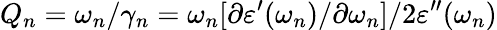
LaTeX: Q_{n}=\omega_{n}/\gamma_{n}=\omega_{n}[\partial\varepsilon^{\prime}(\omega_{n})/\partial\omega_{n}]/2\varepsilon^{\prime\prime}(\omega_{n})